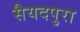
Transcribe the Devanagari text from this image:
सैयदपुरा